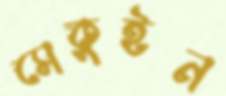
সেকুইন